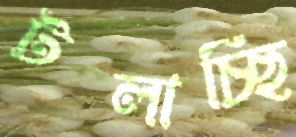
টলাচ্ছি